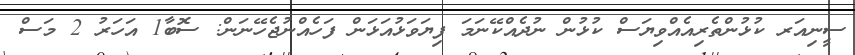
ސީނިއަރ ކުޅުންތެރިއެއްވިޔަސް ކުޅުން ނުދެއްކޭނަމަ ފިޔަވަޅުއަޅަން ފަހެއްނުޖެހޭނަން: ސޮބާ1 އަހަރު 2 މަސް